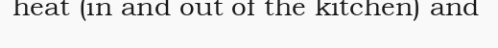
heat (in and out of the kitchen) and